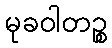
မုခဝါတဉ္စ